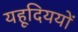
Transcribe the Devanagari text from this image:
यहूदिययों